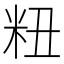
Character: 粈